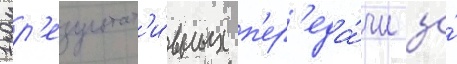
1 р'езультат'и́вных п'ер'еда́чи за́